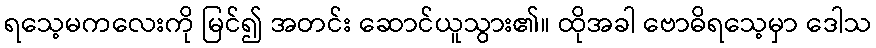
ရသေ့မကလေးကို မြင်၍ အတင်း ဆောင်ယူသွား၏။ ထိုအခါ ဗောဓိရသေ့မှာ ဒေါသ